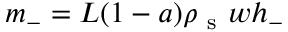
m _ { - } = L ( 1 - a ) \rho _ { \mathrm { ~ s ~ } } w h _ { - }